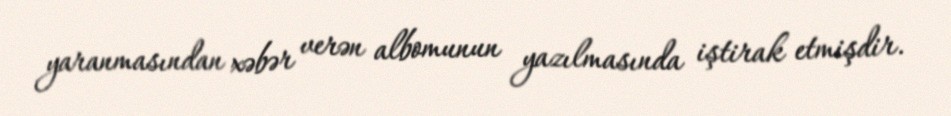
yaranmasından xəbər verən albomunun yazılmasında iştirak etmişdir.